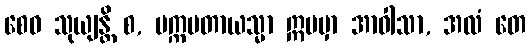
စေဝ သုယျန္တိ စ, ပက္ကမတာယသ္မာ ဣမမှာ အာဝါသာ, အလံ တေ